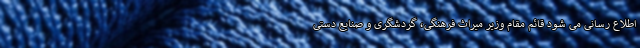
اطلاع رسانی می شود قائم مقام وزیر میراث فرهنگی، گردشگری و صنایع دستی